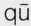
qū